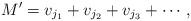
LaTeX: \begin{align*} M' = v_{j_1} + v_{j_2} + v_{j_3} + \cdots , ~~~~~~~~~\end{align*}